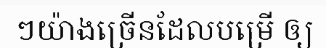
ៗយ៉ាងច្រើនដែលបម្រើ ឲ្យ